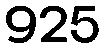
925